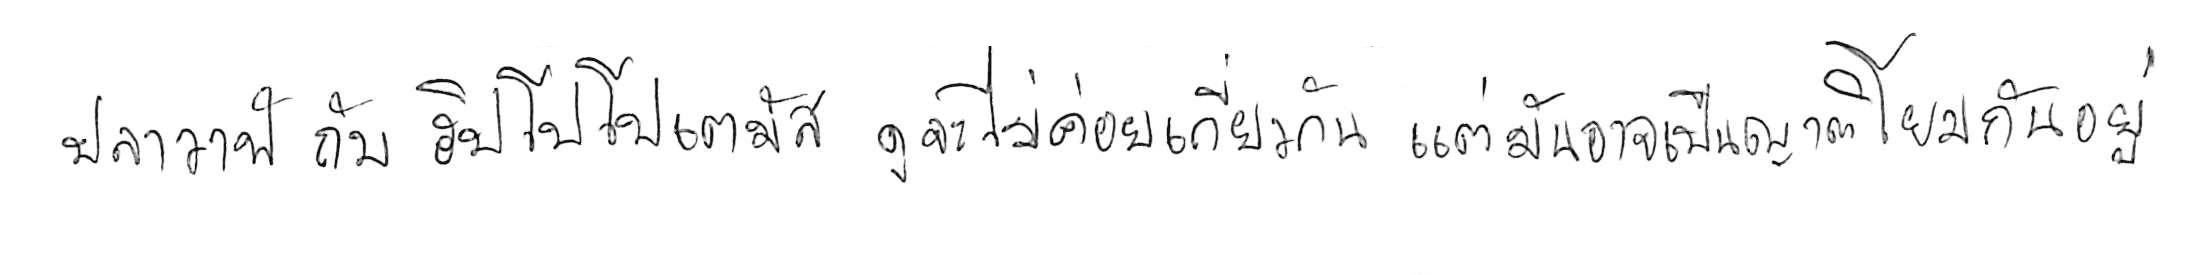
ปลาวาฬ กับ ฮิปโปโปเตมัส ดูจะไม่ค่อยเกี่ยวกัน แต่มันอาจเป็นญาติโยมกันอยู่